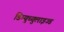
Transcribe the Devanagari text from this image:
डिम्युच्युलाइज्ड